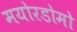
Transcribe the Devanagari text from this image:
मयोरडोमो